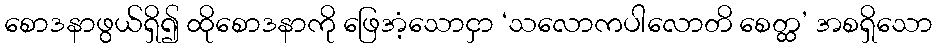
စောဒနာဖွယ်ရှိ၍ ထိုစောဒနာကို ဖြေအံ့သောငှာ ‘သလောကပါလောတိ စေတ္ထ’ အစရှိသော